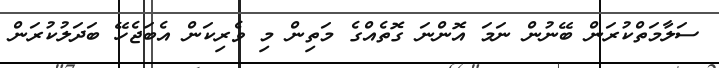
ސަލާމަތްކުރަން ބޭނުން ނަމަ އޮންނަ ގޮތެއްގެ މަތިން މި ވެރިކަން އެބަޖެހޭ ބަދަލުކުރަން